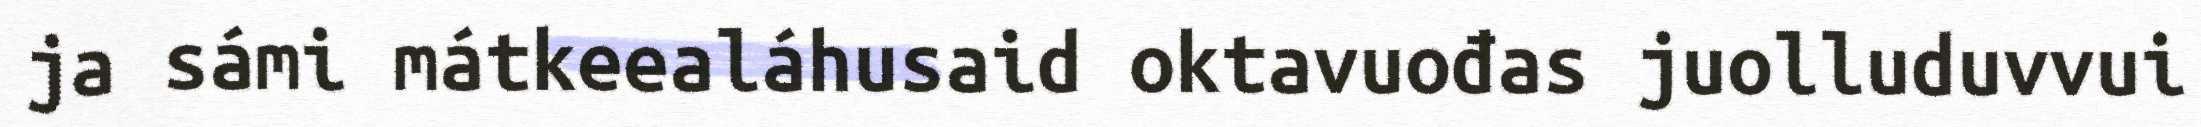
ja sámi mátkeealáhusaid oktavuođas juolluduvvui